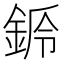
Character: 𨧌